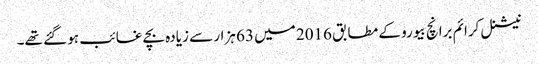
نیشنل کرائم برانچ بیورو کے مطابق 2016 میں 63 ہزار سے زیادہ بچے غائب ہو گئے تھے۔